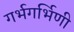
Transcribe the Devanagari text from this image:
गर्भगर्भिणी